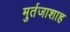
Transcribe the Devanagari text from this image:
मुर्तजाशाह